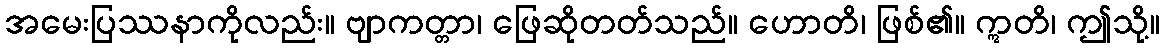
အမေးပြဿနာကိုလည်း။ ဗျာကတ္တာ၊ ဖြေဆိုတတ်သည်။ ဟောတိ၊ ဖြစ်၏။ ဣတိ၊ ဤသို့။